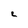
Character: 2